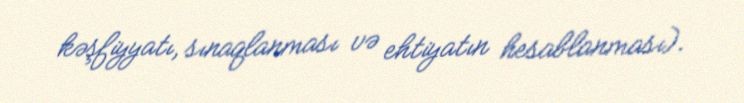
kəşfiyyatı, sınaqlanması və ehtiyatın hesablanması).